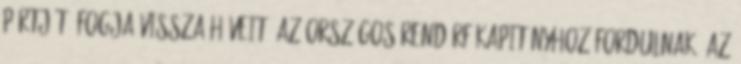
pártját, fogja vissza híveit. Az országos rendőrfőkapitányhoz fordulnak. Az